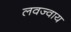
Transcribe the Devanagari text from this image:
लवज्वाय